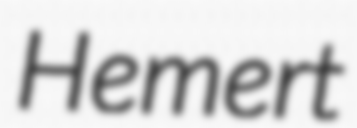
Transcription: Hemert